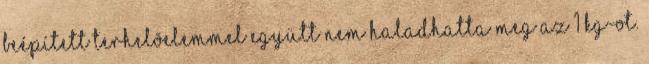
beépített terhelõelemmel együtt nem haladhatta meg az 1 kg-ot.